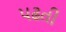
પઢતી